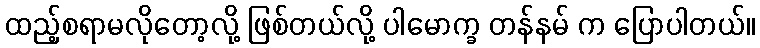
ထည့်စရာမလိုတော့လို့ ဖြစ်တယ်လို့ ပါမောက္ခ တန်နမ် က ပြောပါတယ်။